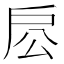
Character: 𢨱